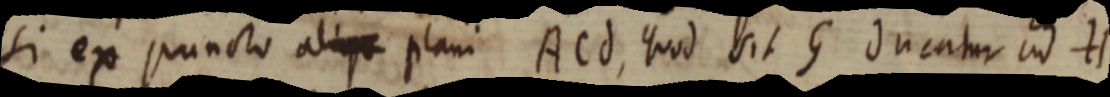
si ex puncto aliqu plani ACd, quod sit G ducatur ad H